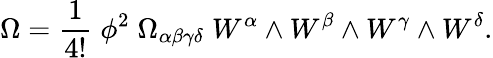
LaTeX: \Omega=\frac{1}{4!}\; \phi^{2}\; \Omega_{\alpha\beta\gamma\delta}\; W^{\alpha}\wedge W^{\beta}\wedge W^{\gamma}\wedge W^{\delta}.